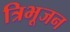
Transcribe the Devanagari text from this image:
त्रिभूजन